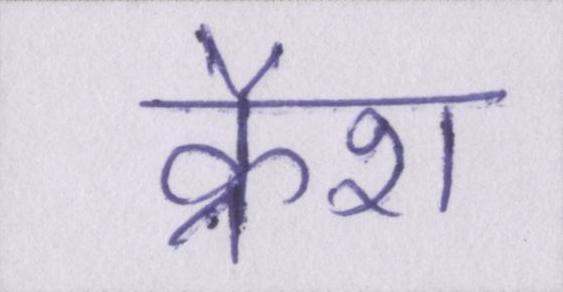
क्रैश